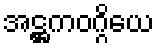
အဋ္ဌကဝဂ္ဂိယေ